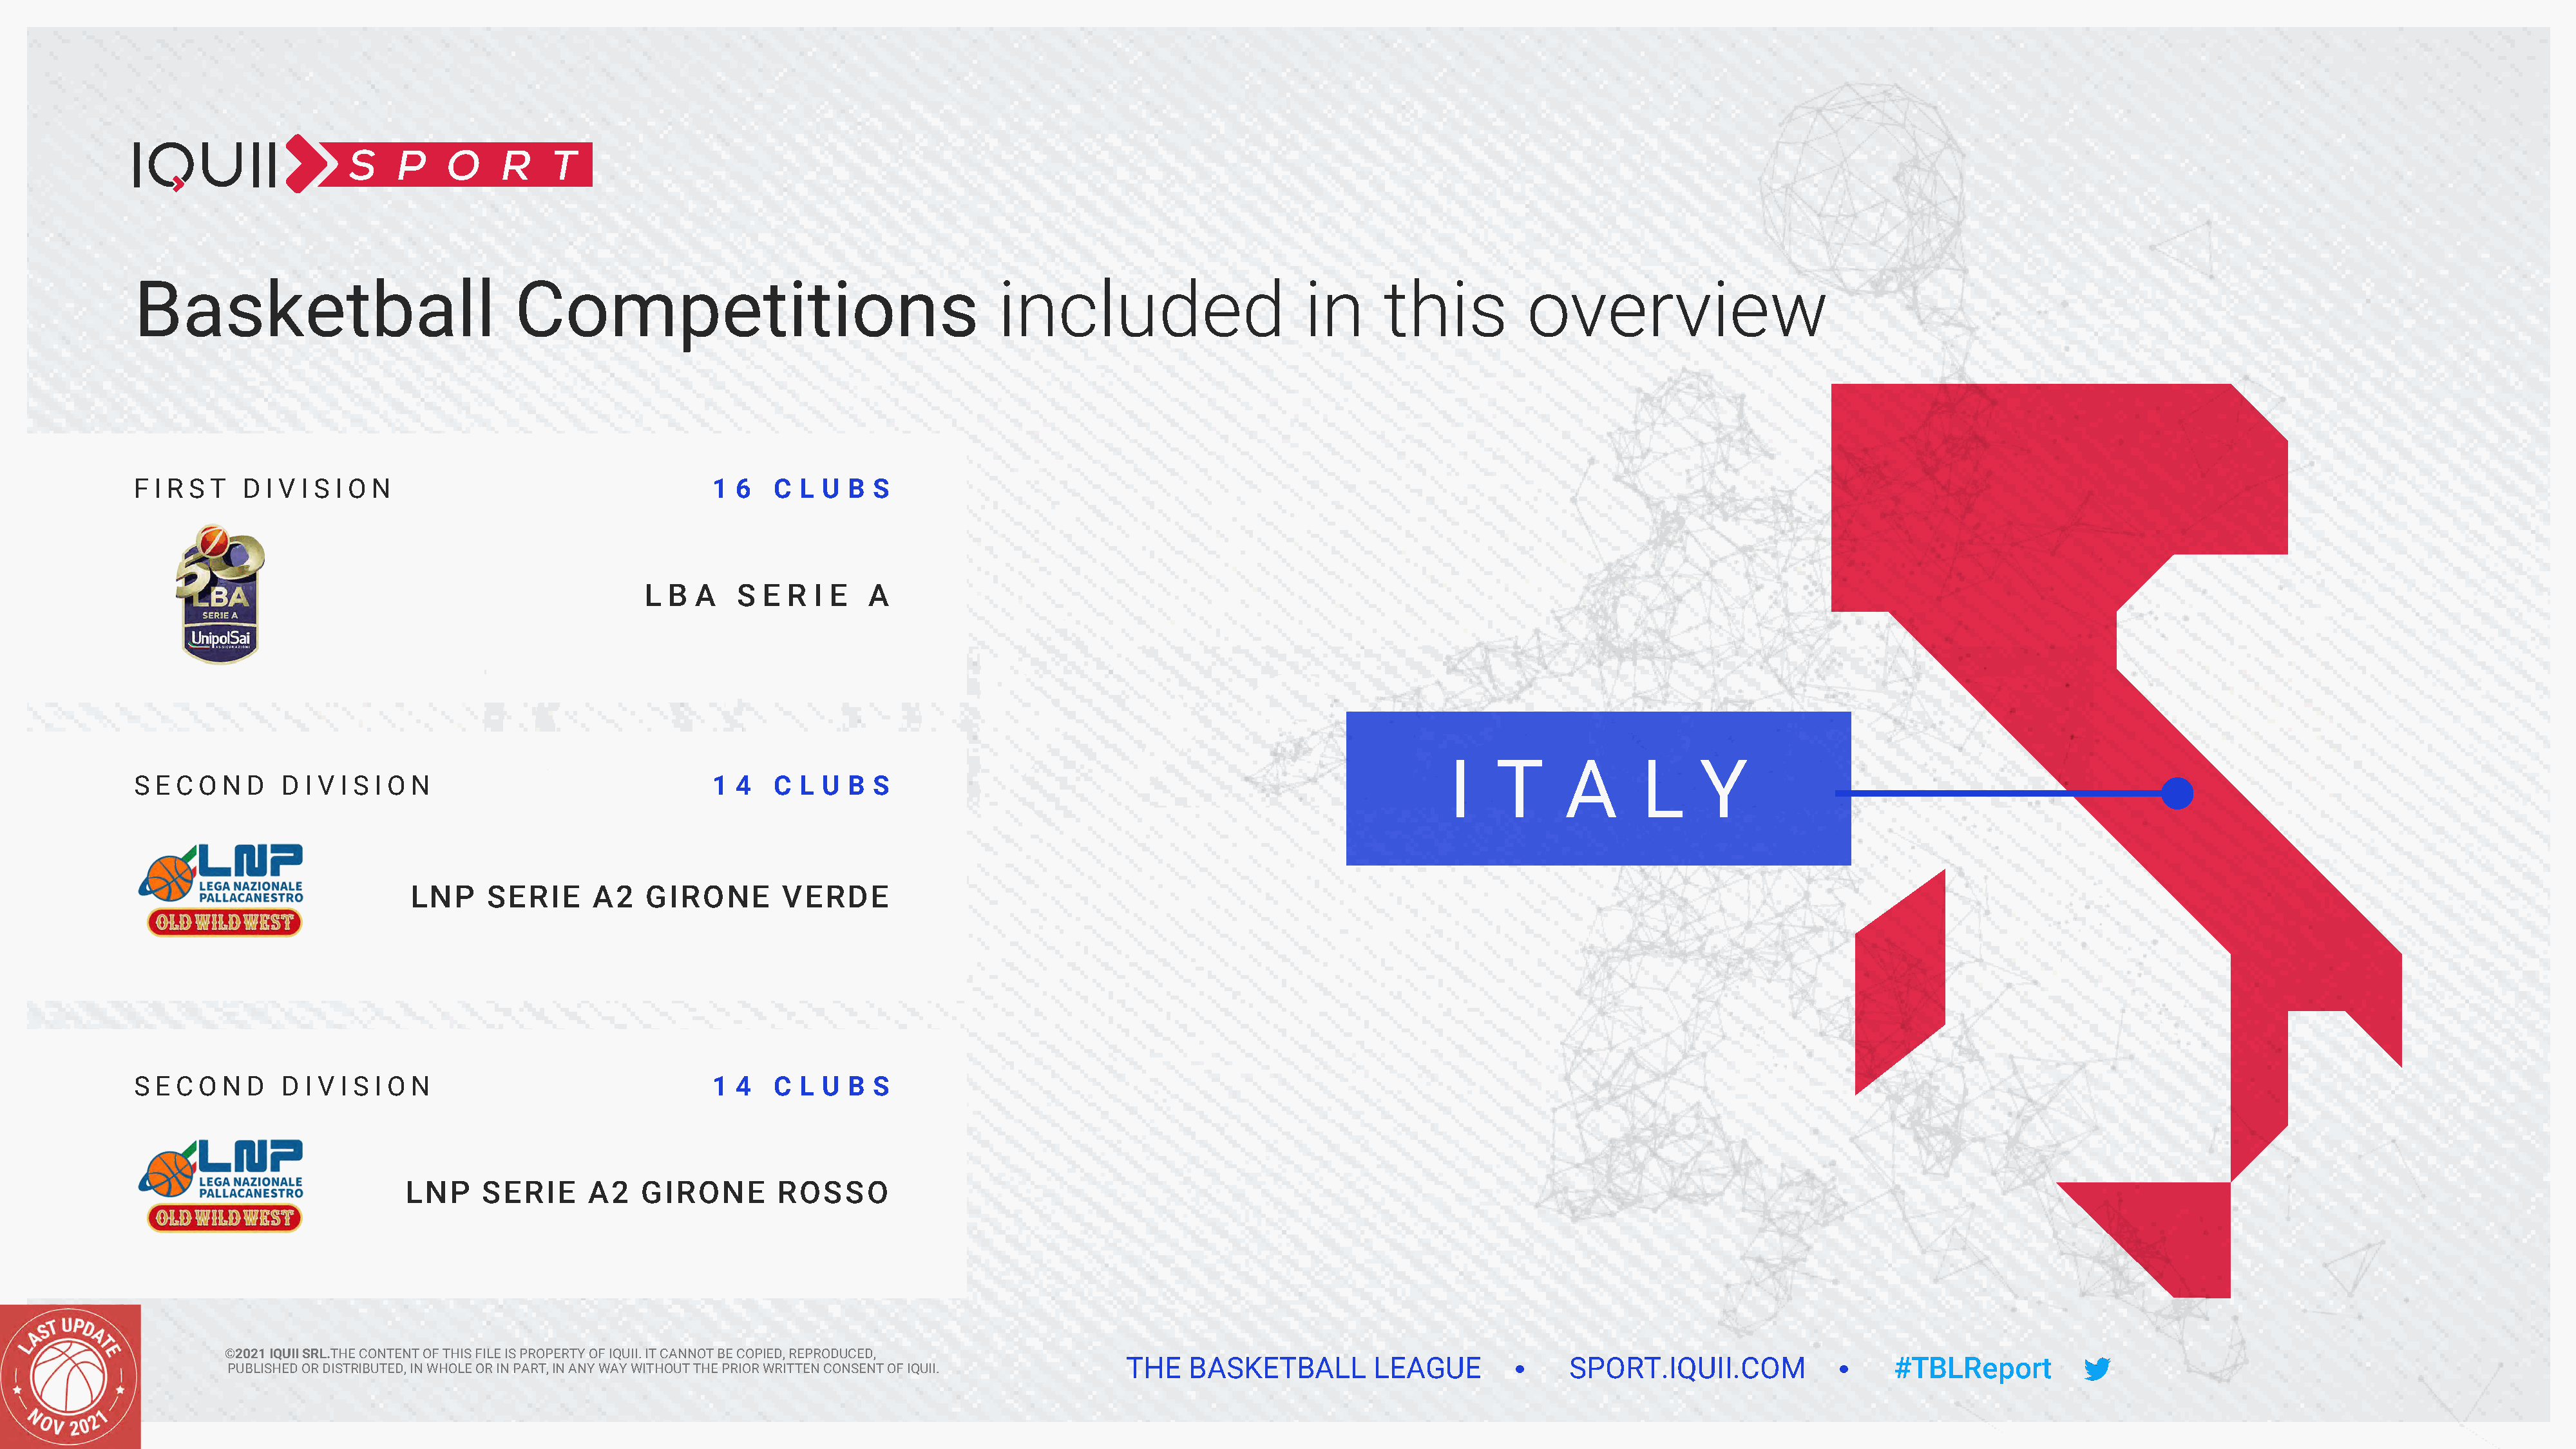
Basketball                             Competitions                                      included                       in      this           overview
 F I R S T  D I V I S I O N                                 16   C L  U B  S
 L  B A    S E  R  I E  A
 I    T      A       L     Y
 S E C O  N D   D I V I S I O N                             1  4   C L U  B  S
 LNP     SERIE      A2   GIRONE        VERDE
 S E C O  N D   D I V I S I O N                             14   C L  U B  S
 LNP     SERIE     A2    GIRONE        ROSSO
 ©2021 IQUII SRL.THE CONTENT OF THIS FILE IS PROPERTY OF IQUII. IT CANNOT BE COPIED, REPRODUCED,
 THE   BASKETBALL         LEAGUE              SPORT.IQUII.COM                   #TBLReport
 PUBLISHED OR DISTRIBUTED, IN WHOLE OR IN PART, IN ANY WAY WITHOUT THE PRIOR WRITTEN CONSENT OF IQUII.